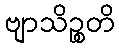
ဗျာသိဉ္စတိ